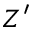
Z ^ { \prime }